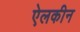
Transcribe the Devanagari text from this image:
ऐलकीन